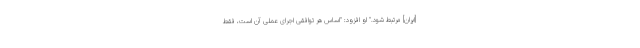
[ایران] مرتبط شود." او افزود: "اساس هر توافقی اجرای عملی آن است، فقط